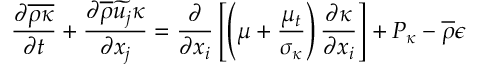
\frac { \partial \overline { { \rho \kappa } } } { \partial t } + \frac { \partial \overline { { \rho } } \widetilde { u _ { j } } \kappa } { \partial x _ { j } } = \frac { \partial } { \partial x _ { i } } \left[ \left( \mu + \frac { \mu _ { t } } { \sigma _ { \kappa } } \right) \frac { \partial \kappa } { \partial x _ { i } } \right] + P _ { \kappa } - \overline { { \rho } } \epsilon